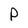
Character: P